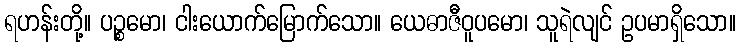
ရဟန်းတို့။ ပဉ္စမော၊ ငါးယောက်မြောက်သော။ ယေဓာဇီဝူပမော၊ သူရဲလျင် ဥပမာရှိသော။